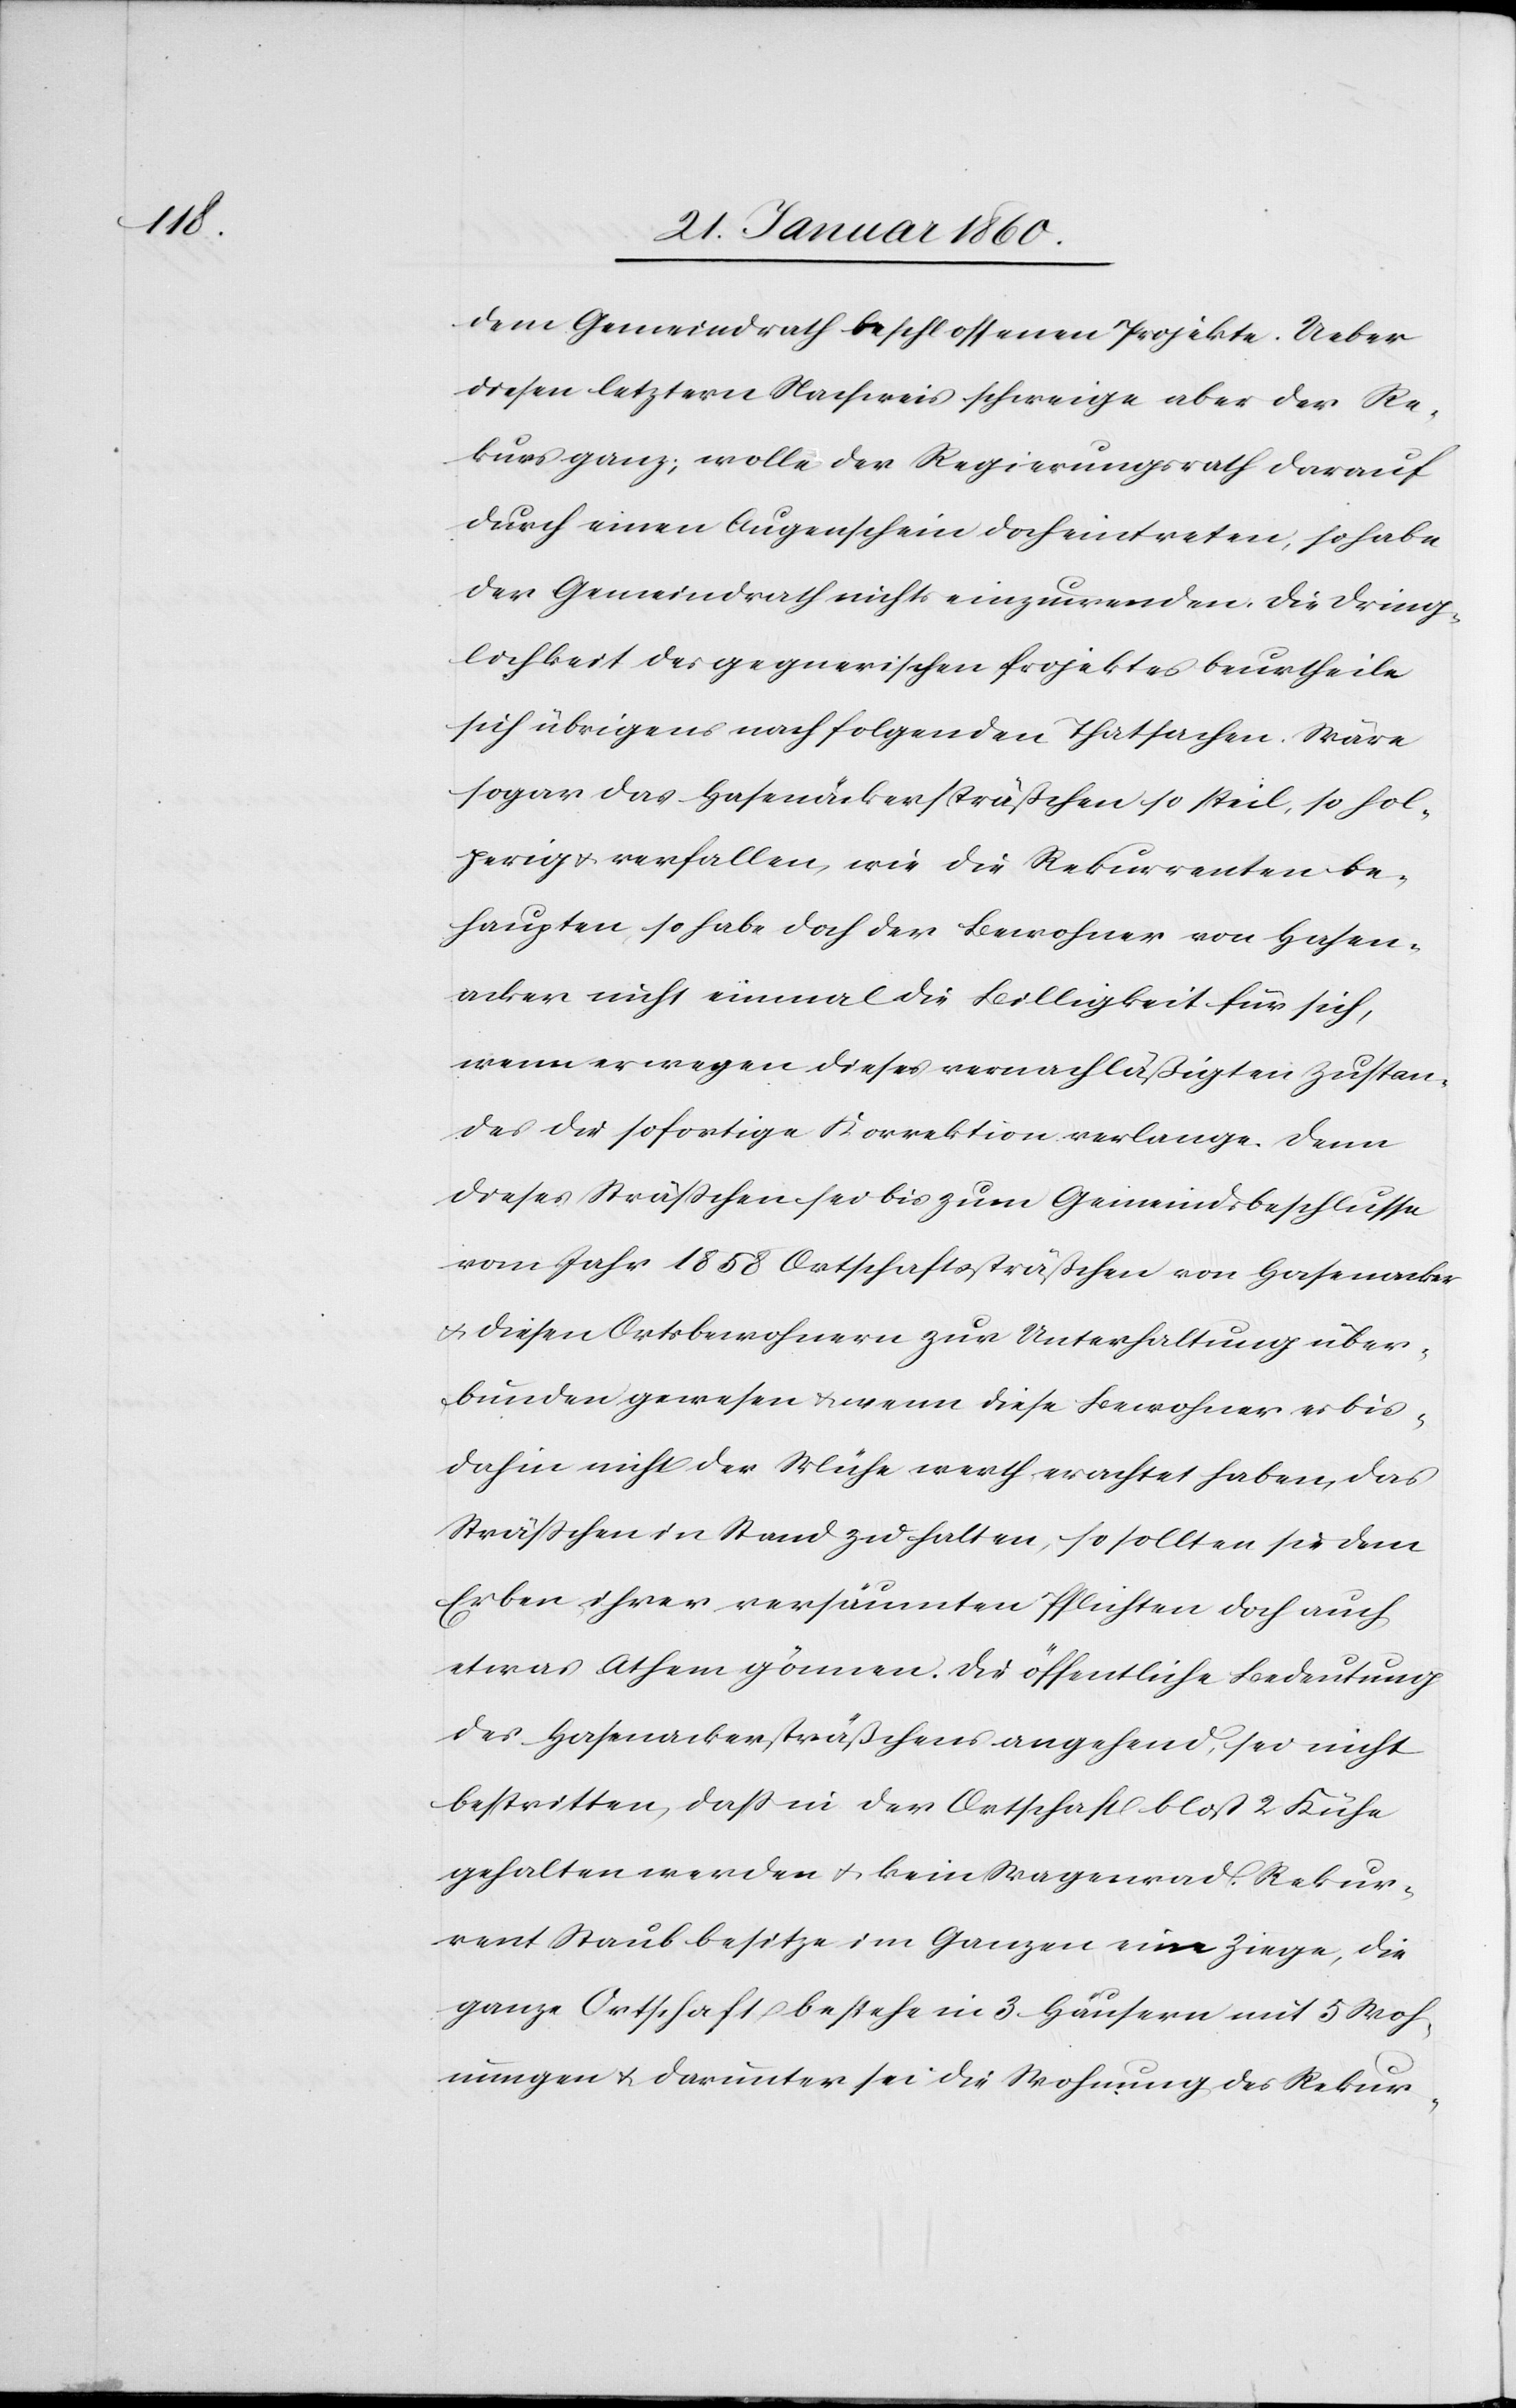
dem Gemeindrath beschlossenen Projekte. Ueber
diesen letztern Nachweis schweige aber der Re¬
kurs ganz; wolle der Regierungsrath darauf
durch einen Augenschein doch eintreten, so habe
der Gemeindrath nichts einzuwenden. Die Dring¬
lichkeit des gegnerischen Projektes beurtheile
sich übrigens nach folgenden Thatsachen. Wäre
sogar das Hasenäckersträßchen so steil, so hol¬
perig u. verfallen, wie die Rekurrenten be¬
haupten, so habe doch der Bewohner von Hasen¬
acker nicht einmal die Billigkeit für sich,
wenn er wegen dieses vernachlässigten Zustan¬
des die sofortige Korrektion verlange. Denn
dieses Strässchen sei bis zum Gemeindsbeschlusse
vom Jahr 1858 Ortschaftssträsschen von Hasenacker
u. diesen Ortsbewohnern zur Unterhaltung über¬
bunden gewesen u. wenn diese Bewohner es bis
dahin nicht der Mühe werth erachtet haben, das
Strässchen in Stand zu halten, so sollten sie dem
Erben ihrer versäumten Pflichten doch auch
etwas Athem gönnen. Die öffentliche Bedeutung
des Hasenackersträßchens angehend, sie nicht
bestritten, dass in der Ortschaft bloss 2 Kühe
gehalten werden u. kein Wagenrad. Rekur¬
rrent Staub besitze im Ganzen eine Ziege, die
ganze Ortschaft bestehe in 3. Häusern mit 5 Stroh¬
ungen u. darunter sei die Strohung des Rekur-